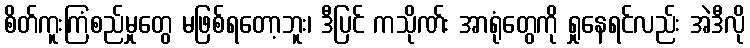
စိတ်ကူးကြံစည်မှုတွေ မဖြစ်ရတော့ဘူး၊ ဒီပြင် ကသိုဏ်း အာရုံတွေကို ရှုနေရင်လည်း အဲဒီလို